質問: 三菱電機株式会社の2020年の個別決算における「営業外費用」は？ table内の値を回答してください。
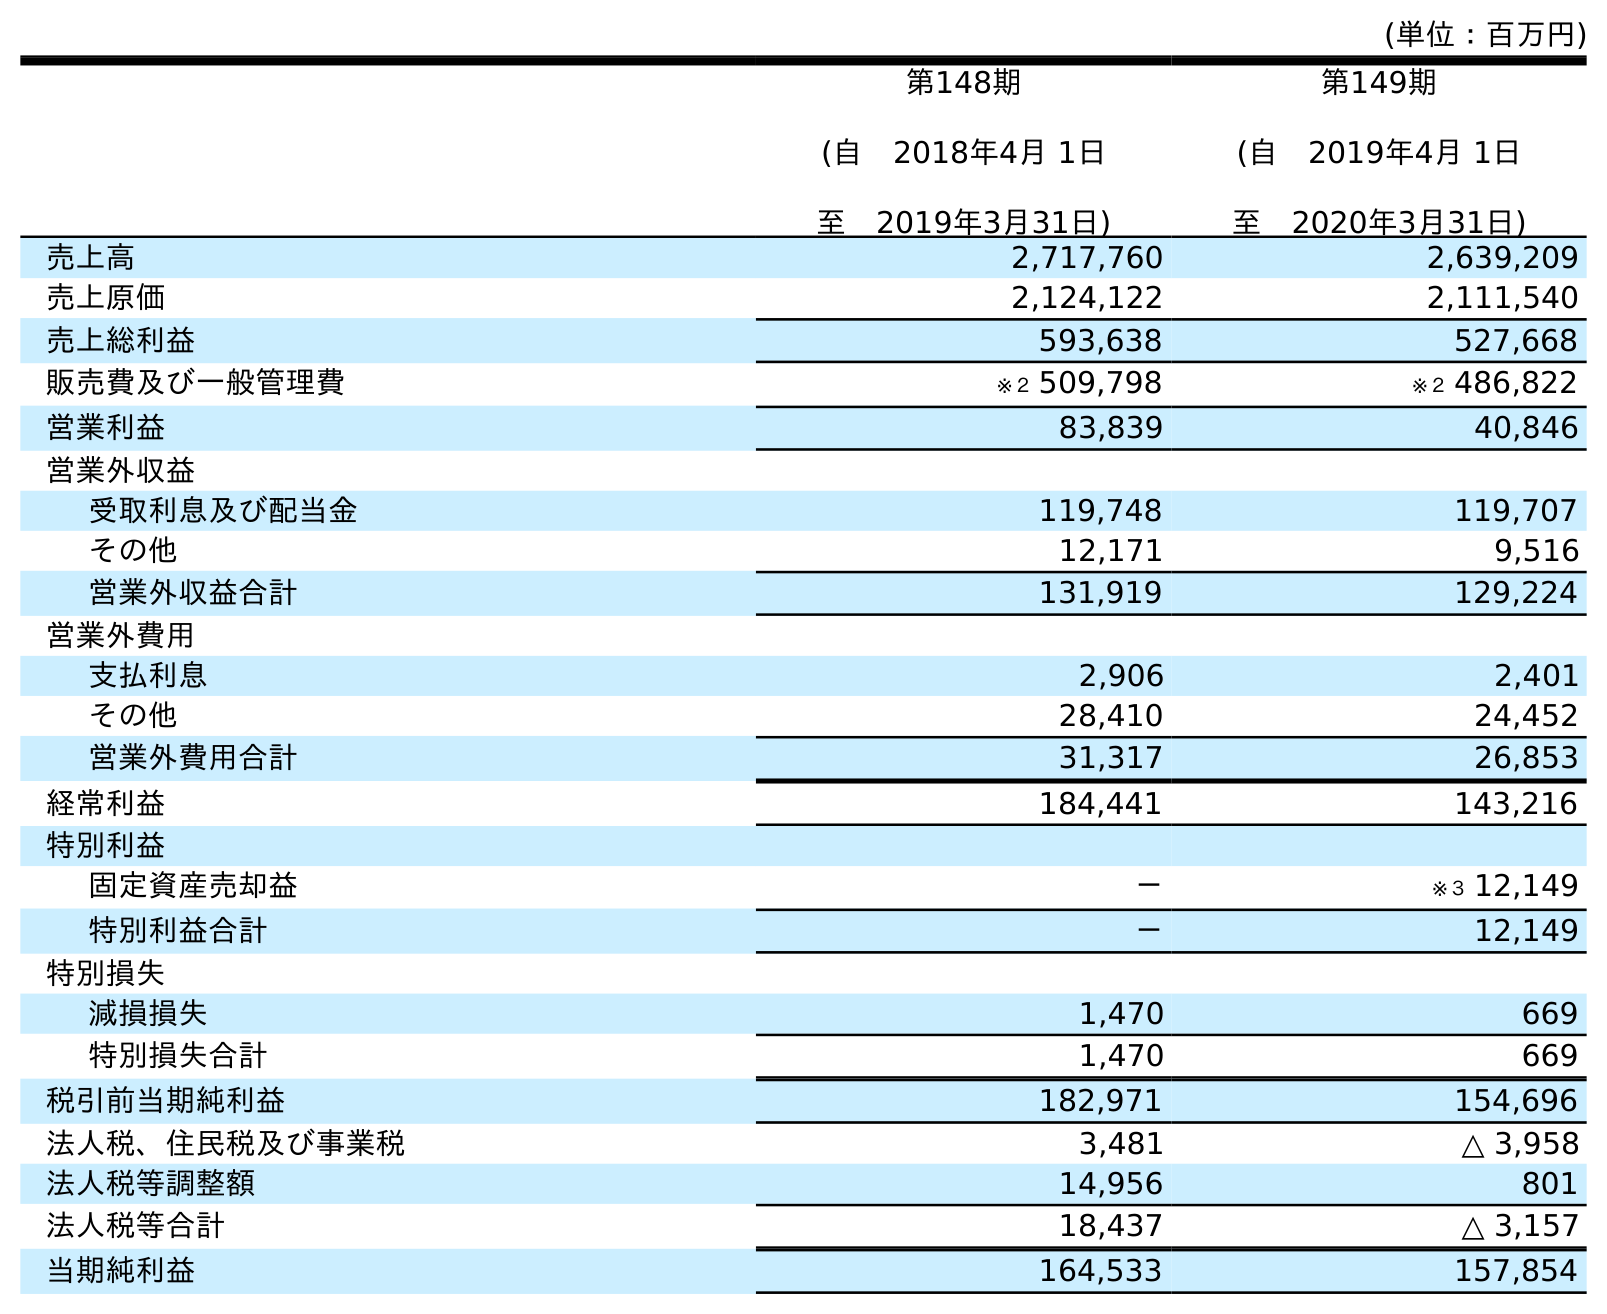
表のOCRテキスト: (単位：百万円) 第148期 (自 2018年4月 1日 至 2019年3月31日) 第149期 (自 2019年4月 1日 至 2020年3月31日) 売上高 2,717,760 2,639,209 売上原価 2,124,122 2,111,540 売上総利益 593,638 527,668 販売費及び一般管理費 ※２ 509,798 ※２ 486,822 営業利益 83,839 40,846 営業外収益 受取利息及び配当金 119,748 119,707 その他 12,171 9,516 営業外収益合計 131,919 129,224 営業外費用 支払利息 2,906 2,401 その他 28,410 24,452 営業外費用合計 31,317 26,853 経常利益 184,441 143,216 特別利益 固定資産売却益 － ※３ 12,149 特別利益合計 － 12,149 特別損失 減損損失 1,470 669 特別損失合計 1,470 669 税引前当期純利益 182,971 154,696 法人税、住民税及び事業税 3,481 △ 3,958 法人税等調整額 14,956 801 法人税等合計 18,437 △ 3,157 当期純利益 164,533 157,854
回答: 26,853